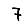
Digit: 7